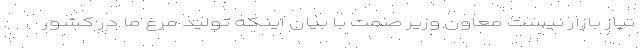
نیاز بازار نیست معاون وزیر صمت با بیان اینکه تولید مرغ ما در کشور